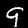
Label: 9